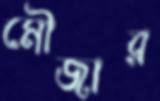
মৌজার